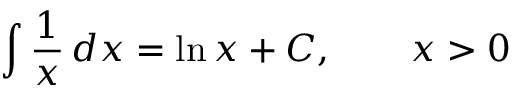
\int { \frac { 1 } { x } } \, d x = \ln x + C , \qquad x > 0